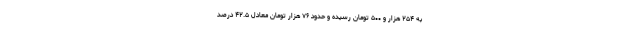
به ۲۵۴ هزار و ۵۰۰ تومان رسیده و حدود ۷۶ هزار تومان معادل ۴۲.۵ درصد